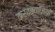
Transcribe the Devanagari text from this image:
करतबबाजियों